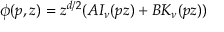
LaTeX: \phi ( p , z ) = z ^ { d / 2 } ( A I _ { \nu } ( p z ) + B K _ { \nu } ( p z ) )